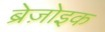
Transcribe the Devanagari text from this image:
ब्रेज़ोइक